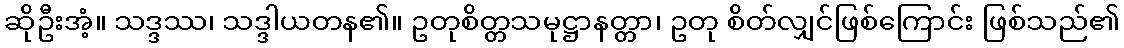
ဆိုဦးအံ့။ သဒ္ဒဿ၊ သဒ္ဒါယတန၏။ ဥတုစိတ္တသမုဋ္ဌာနတ္တာ၊ ဥတု စိတ်လျှင်ဖြစ်ကြောင်း ဖြစ်သည်၏